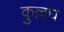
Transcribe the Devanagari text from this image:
कुल्लघ